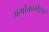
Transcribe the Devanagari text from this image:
अगोकामेश्वर